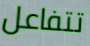
تتفاعل